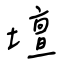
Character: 壇